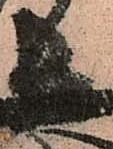
長